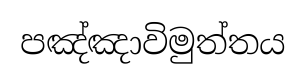
පඤ්ඤාවිමුත්තය